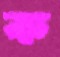
ক